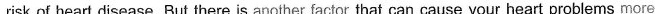
risk of heart disease. But there is another factor that can cause your heart problems more